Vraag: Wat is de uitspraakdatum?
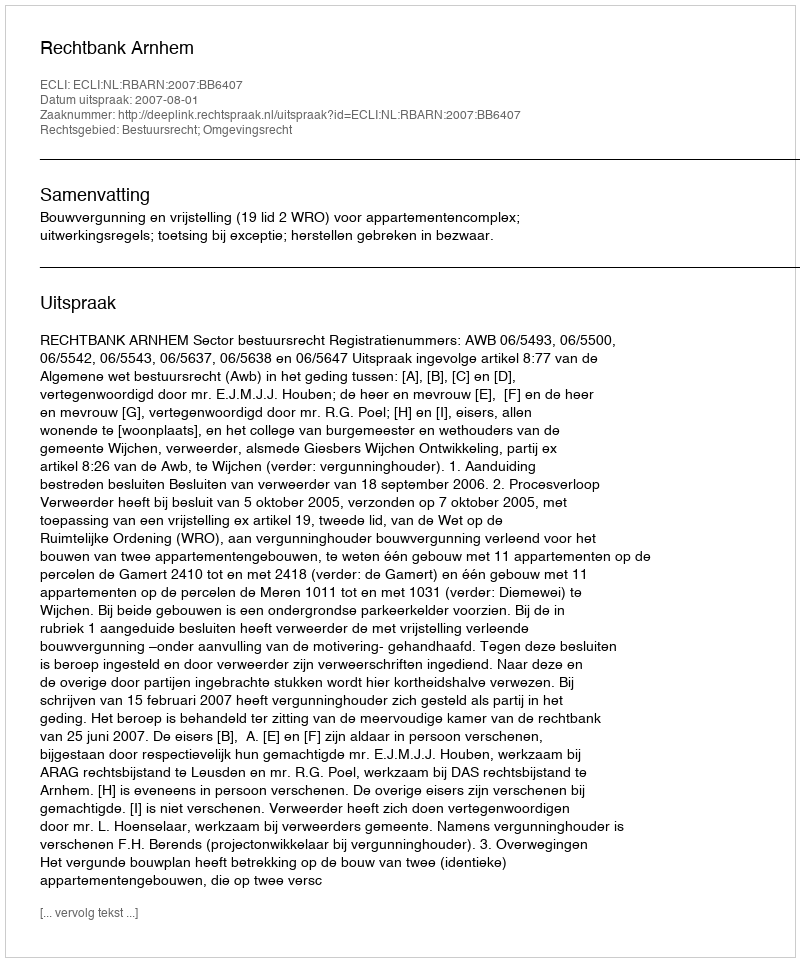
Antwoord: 2007-08-01